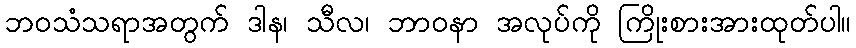
ဘဝသံသရာအတွက် ဒါန၊ သီလ၊ ဘာဝနာ အလုပ်ကို ကြိုးစားအားထုတ်ပါ။